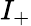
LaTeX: I_{+}